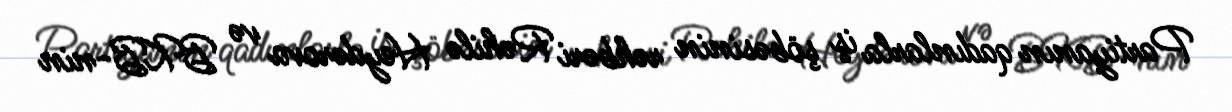
Partiyanın qadınlarla iş şöbəsinin rəhbəri Rəhilə Heydərova və BKB-nin